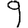
Digit: 9